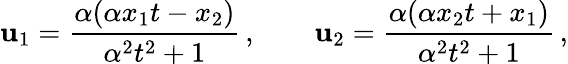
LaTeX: \mathbf{u}_{1}=\frac{{\alpha(\alpha{x_{1}}t-{x_{2}})}}{{\alpha^{2}t^{2}+1}}\, ,\qquad\mathbf{u}_{2}=\frac{{\alpha(\alpha{x_{2}}t+{x_{1}})}}{{\alpha^{2}t^{2}+1}}\, ,